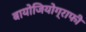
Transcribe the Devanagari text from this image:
बायोजियोग्राफी